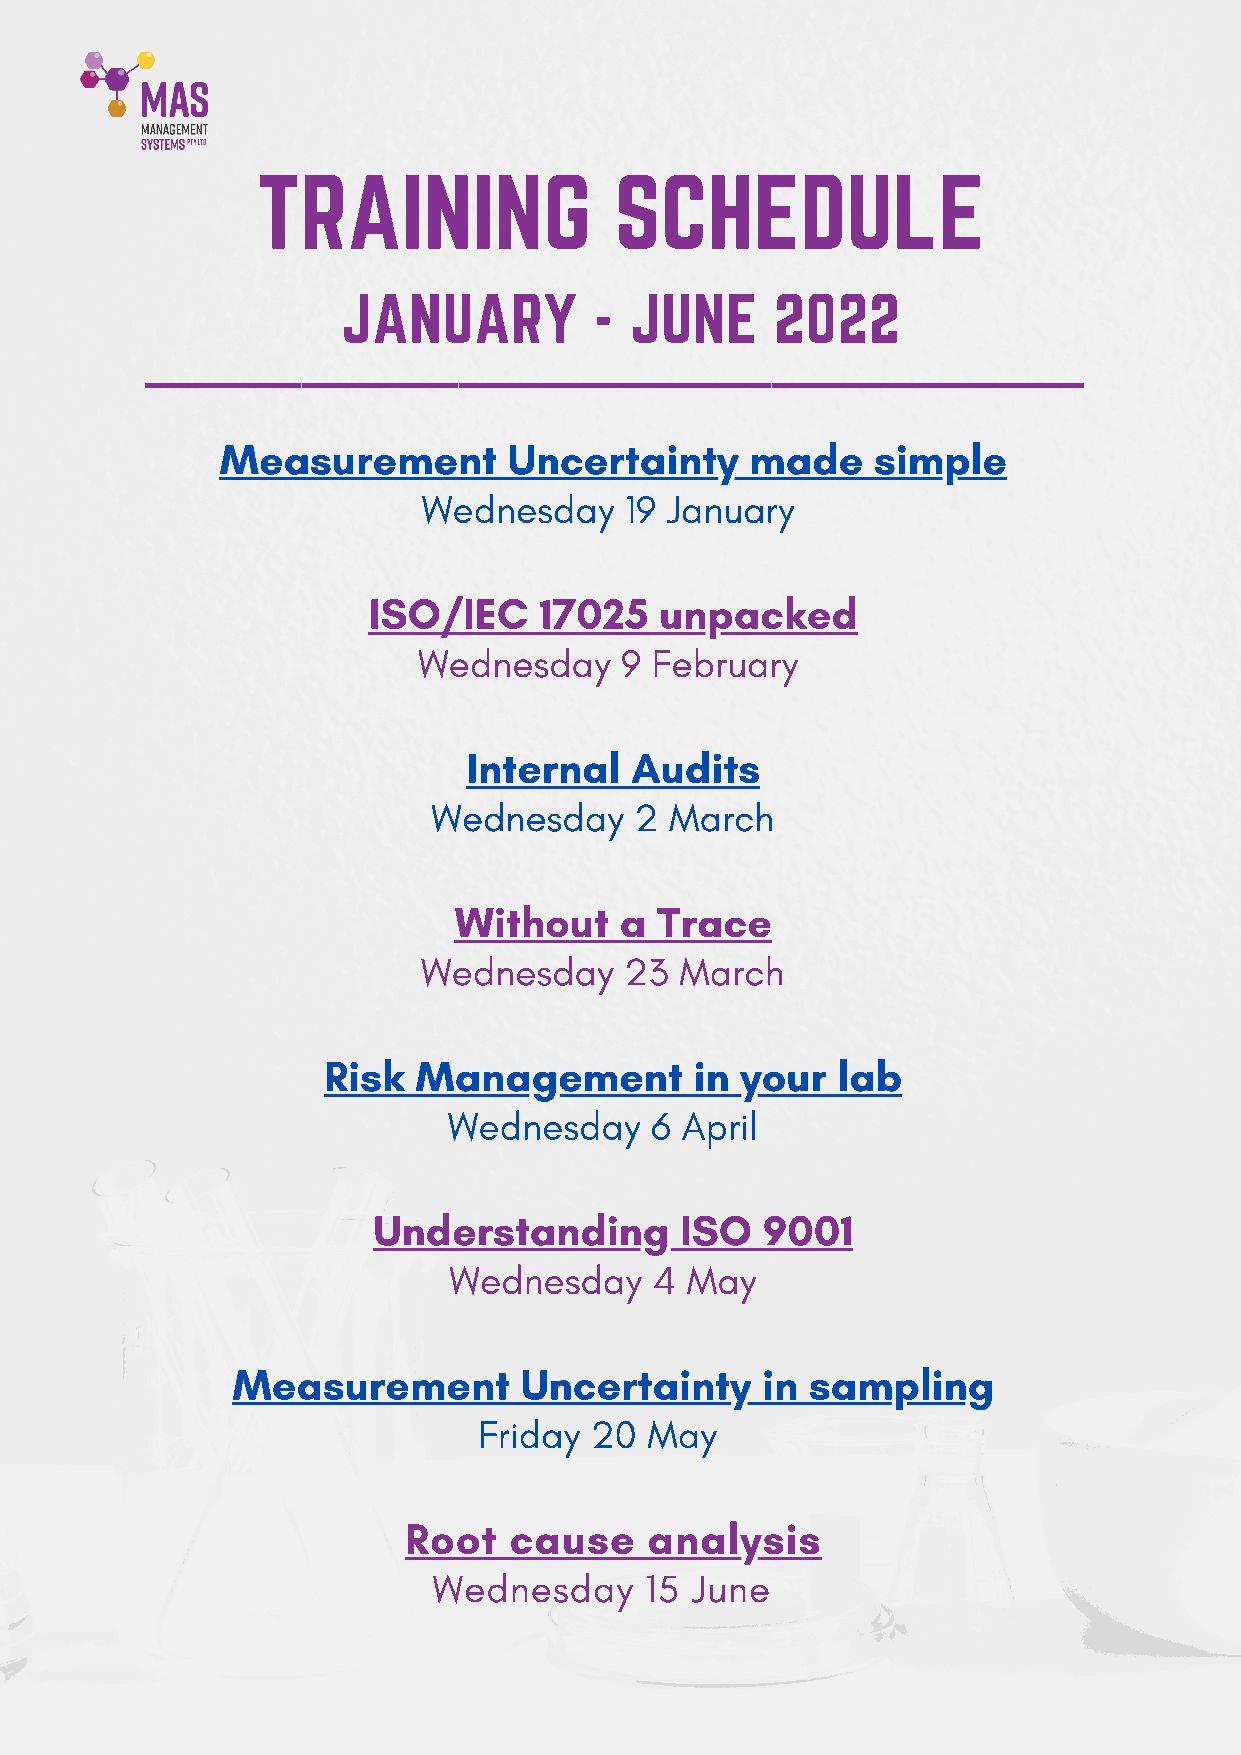
TRAINING                SCHEDULE
 JANUARY         -  JUNE     2022
 Measurement        Uncertainty     made    simple
 Wednesday    19 January
 ISO/IEC     17025   unpacked
 Wednesday    9 February
 Internal   Audits
 Wednesday    2 March
 Without    a Trace
 Wednesday    23  March
 Risk  Management         in your  lab
 Wednesday    6 April
 Understanding       ISO  9001
 Wednesday    4 May
 Measurement        Uncertainty     in  sampling
 Friday 20  May
 Root   cause    analysis
 Wednesday     15 June
 www.masmanagementsystems.com.au